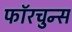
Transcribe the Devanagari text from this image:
फॉरचुन्स